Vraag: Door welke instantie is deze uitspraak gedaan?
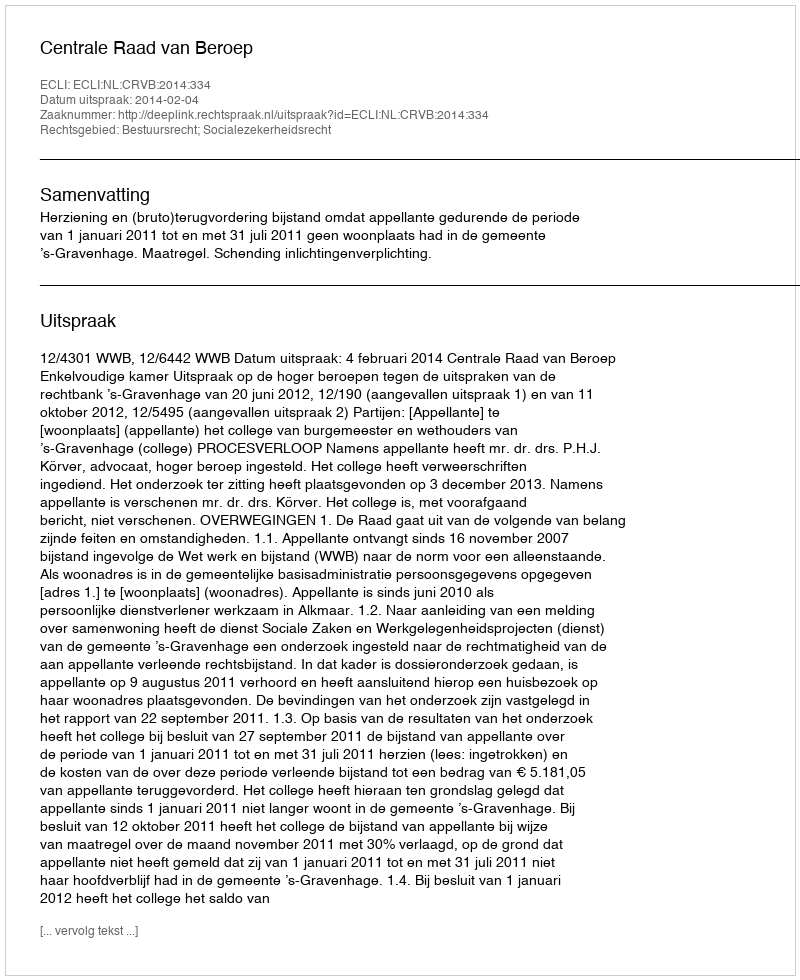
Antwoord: Centrale Raad van Beroep